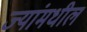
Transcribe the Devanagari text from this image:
ज्यांमधील